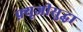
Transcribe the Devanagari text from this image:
फ़्यूजीसुद्धा